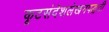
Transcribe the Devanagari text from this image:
कूटसंदेशलेखनपद्धती